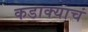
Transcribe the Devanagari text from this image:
कडाक्याचं